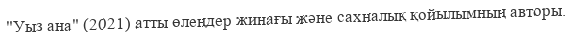
"Уыз ана" (2021) атты өлеңдер жинағы және сахналық қойылымның авторы.